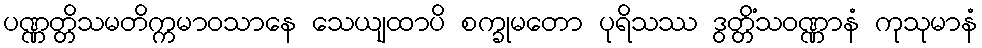
ပဏ္ဏတ္တိသမတိက္ကမာဝသာနေ သေယျထာပိ စက္ခုမတော ပုရိသဿ ဒွတ္တိံသဝဏ္ဏာနံ ကုသုမာနံ